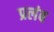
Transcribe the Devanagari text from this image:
प्रलंब